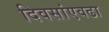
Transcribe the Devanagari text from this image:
दिवसांएवढा